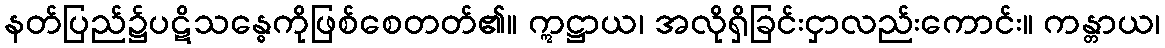
နတ်ပြည်၌ပဋိသန္ဓေကိုဖြစ်စေတတ်၏။ ဣဋ္ဌာယ၊ အလိုရှိခြင်းငှာလည်းကောင်း။ ကန္တာယ၊